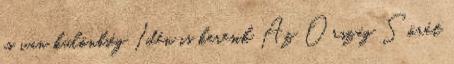
is van különbség Idén is keresik Az Ország Sörét